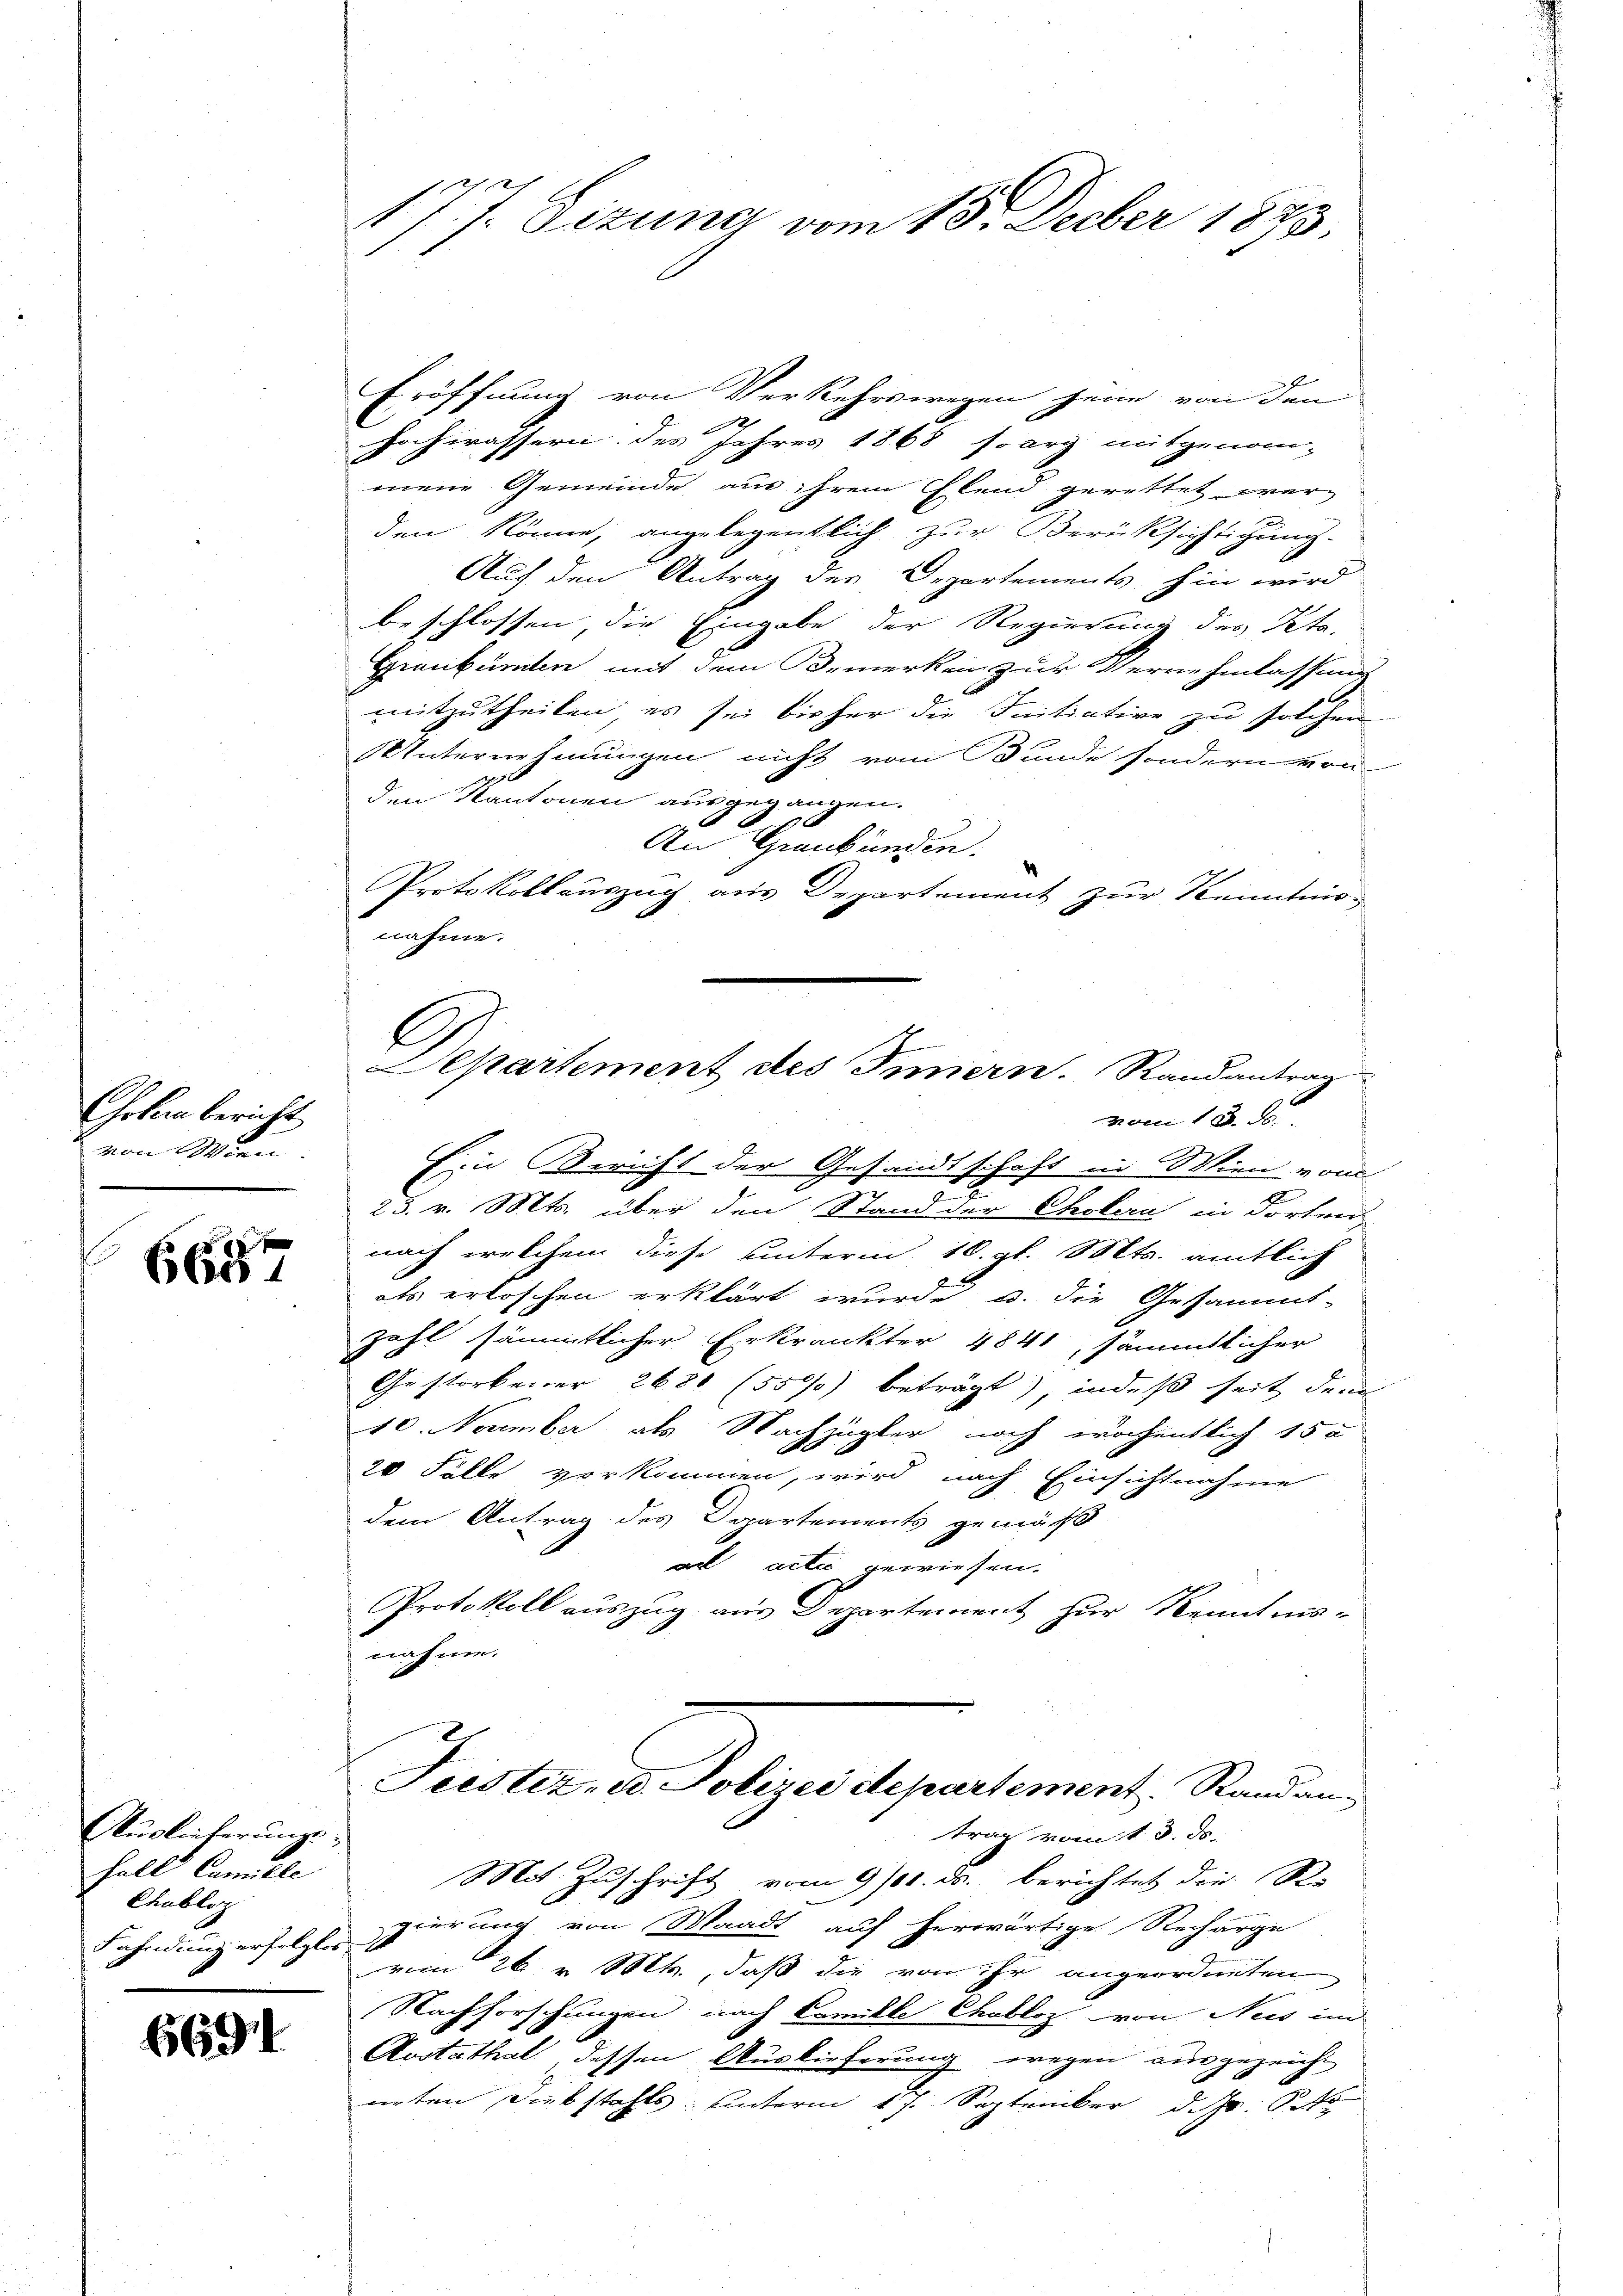
Cholen bericht
von Wien.

665

Auslieferungs
Fall Camille
Chabloz
Fahndung erfolgtes

6691

177. Sizung vom 15. Decber 1873

Eröffnung von Verkehrswegen sein von den
1
Hochwassern des Jahres 1868 so arg mitgenom-
mene Gemeinde aus ihrem Elend gerettet werden könne, angelegentlich zur Berüksichtigung.
Auch den Antrag der Departements, hin wird
beschlossen, die Eingabe der Regierung des Peta-
Graubünden mit dem Bemerken zur Vernehmlassung
mitzutheilen, es sei bisher die Initiative zu solchen
Unternehmungen nicht vom Bunde sondern von
den Kantonen ausgegangen.
An Graubünden.
Protokollauszug aus Departement zur Kenntnis-
nahme.
C
Separtement des Innern. Randantrag
vom 12. A.
Ein Bericht der Gesandtschaft in Wien von
25. v. Mts. über den Stand der Cholera in dorten
nach welchem diese unterm 10. gl. Mts. amtlich
als erloschen erklärt wurde u. die Gesammt-
zahl sämmtlicher Erkrankter 4841, sämmtlicher
Gestorbener 2680 (55) beträgt) indeß seit dem
10. November als Nachzügler noch wöchentlich 15 a
20 Fälle vorkommen, wird nach Einsichtnahme
dem Antrag des Departements gemäß
ad acti gewiesen.
Protokoll auszug aus Departement zur Kenntnis-
nahmen

Trestiz- u. Polizei departement. Rand ang
trag vom 11. 3. ds.

Mit Zuschrift vom 9/11. ds. berichtet die Re
gierung von Waadt auf herwärtige Recharge
s
vom 26. v. Mts., daß die von ihr angeordneten
Nachforschungen nach Camille Chabloz von Neis im
|
Aostathal dessen Auslieferung wegen ausgezeicht
nirten Diebstahls unterm 17. September d. Js. Octo